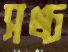
সঙ্চ